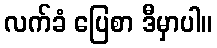
လက်ခံ ပြေစာ ဒီမှာပါ။